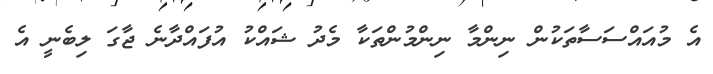
އެ މުއައްސަސާތަކުން ނިންމާ ނިންމުންތަކާ މެދު ޝައްކު އުފައްދާނެ ޖާގަ ލިބެނީ އެ